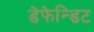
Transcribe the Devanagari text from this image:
डेफेन्डिट